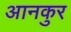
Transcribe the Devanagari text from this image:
आनकुर